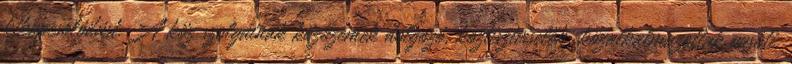
kikapcsolódást. A köz szolgáinak közüzemek dolgozó, köztisztviselők, közalkalmazottak vasúti,